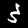
Label: 3